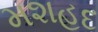
મશહદ